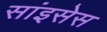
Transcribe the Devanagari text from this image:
सांइसेस